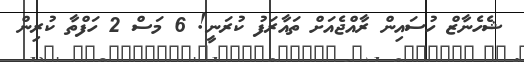
ޝެހެނާޒް ހުސައިން ރާއްޖެއަށް ތައާރަފު ކުރަނީ! 6 މަސް 2 ހަފްތާ ކުރިން